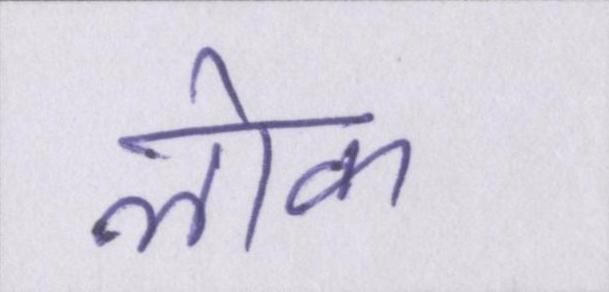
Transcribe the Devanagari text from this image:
लॊक